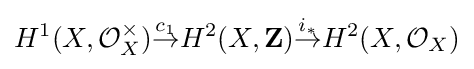
H^{1}(X,{\mathcal {O}}_{X}^{\times }){\stackrel {c_{1}}{\to }}H^{2}(X,\mathbf {Z} ){\stackrel {i_{*}}{\to }}H^{2}(X,{\mathcal {O}}_{X})